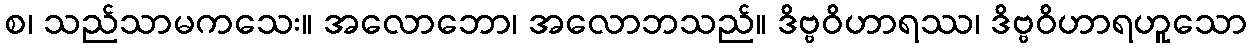
စ၊ သည်သာမကသေး။ အလောဘော၊ အလောဘသည်။ ဒိဗ္ဗဝိဟာရဿ၊ ဒိဗ္ဗဝိဟာရဟူသော